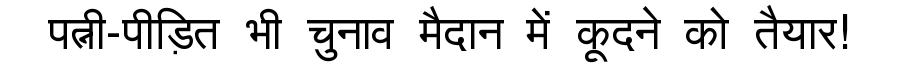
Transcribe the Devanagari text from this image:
पत्नी-पीड़ित भी चुनाव मैदान में कूदने को तैयार!